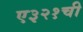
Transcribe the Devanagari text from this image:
ए३२१ची